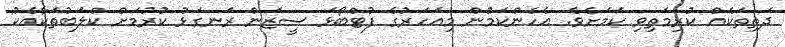
ދަތިތަކެއް ކުރިމަތިވި ކަމަށެވެ. އެހެންކަމުން މިއަހަރުގެ ފުޓްބޯޅަ ސީޒަން ރަނގަޅު ކުރުމަށް ކްލަބުތަކާއެކު